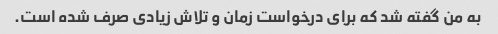
به من گفته شد که برای درخواست زمان و تلاش زیادی صرف شده است.